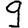
Digit: 9